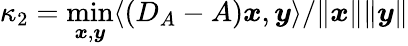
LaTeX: \kappa_{2}=\operatorname*{min}_{{\boldsymbol x},{\boldsymbol y}}\langle(D_{A}-A){\boldsymbol x},{\boldsymbol y}\rangle/\| {\boldsymbol x}\| \| {\boldsymbol y}\|